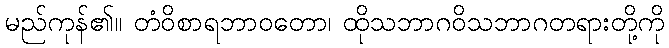
မည်ကုန်၏။ တံဝိစာရဘာဝတော၊ ထိုသဘာဂဝိသဘာဂတရားတို့ကို